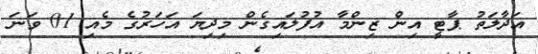
އަދާލަތު ޕާޓީ އިން ޒިންމާ އުފުލައިގެން މިދިޔަ އަހަރުގެ މެއި 01 ވަނަ